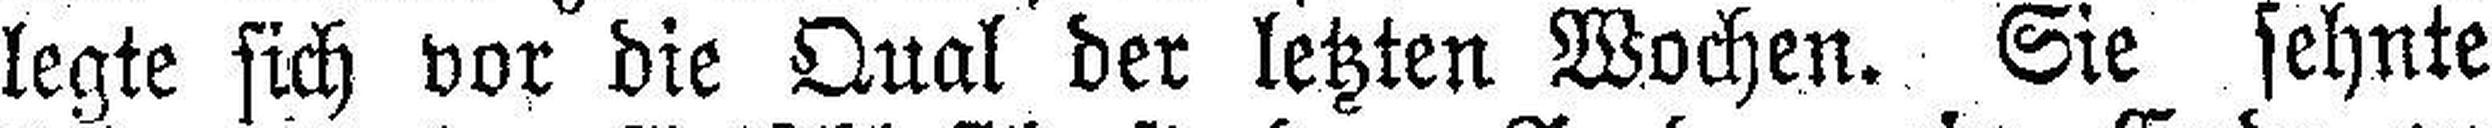
legte sich vor die Qual der letzten Wochen. Sie sehnte